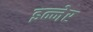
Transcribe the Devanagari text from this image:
इन्नेर